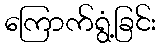
ကြောက်ရွံ့ခြင်း